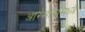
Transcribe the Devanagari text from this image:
आरमारामध्ये